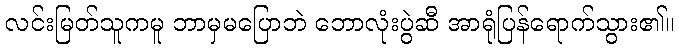
လင်းမြတ်သူကမူ ဘာမှမပြောဘဲ ဘောလုံးပွဲဆီ အာရုံပြန်ရောက်သွား၏။